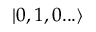
| 0 , 1 , 0 . . . \rangle